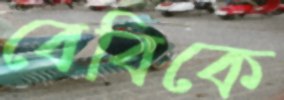
বেবিকে